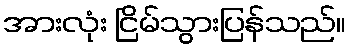
အားလုံး ငြိမ်သွားပြန်သည်။